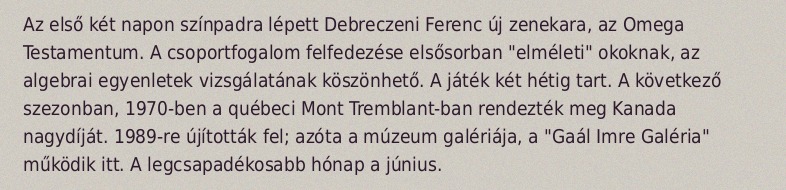
Az első két napon színpadra lépett Debreczeni Ferenc új zenekara, az Omega Testamentum. A csoportfogalom felfedezése elsősorban "elméleti" okoknak, az algebrai egyenletek vizsgálatának köszönhető. A játék két hétig tart. A következő szezonban, 1970-ben a québeci Mont Tremblant-ban rendezték meg Kanada nagydíját. 1989-re újították fel; azóta a múzeum galériája, a "Gaál Imre Galéria" működik itt. A legcsapadékosabb hónap a június.